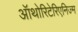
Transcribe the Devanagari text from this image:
ऑथोरिटेरिएनिज्म